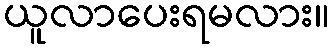
ယူလာပေးရမလား။